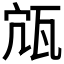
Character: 𤬽